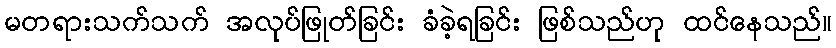
မတရားသက်သက် အလုပ်ဖြုတ်ခြင်း ခံခဲ့ရခြင်း ဖြစ်သည်ဟု ထင်နေသည်။